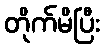
တိုက်မိပြီး